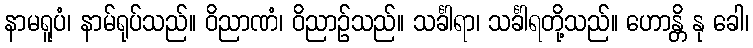
နာမရူပံ၊ နာမ်ရုပ်သည်။ ဝိညာဏံ၊ ဝိညာဉ်သည်။ သင်္ခါရာ၊ သင်္ခါရတို့သည်။ ဟောန္တိ နု ခေါ၊